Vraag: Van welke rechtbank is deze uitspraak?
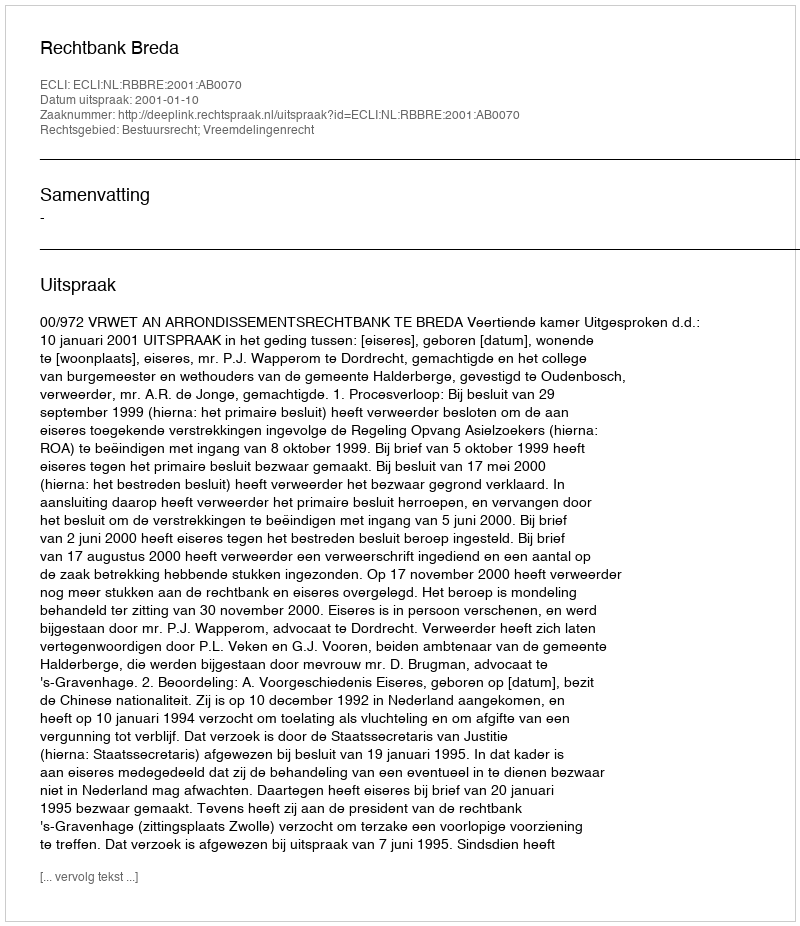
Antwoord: Rechtbank Breda